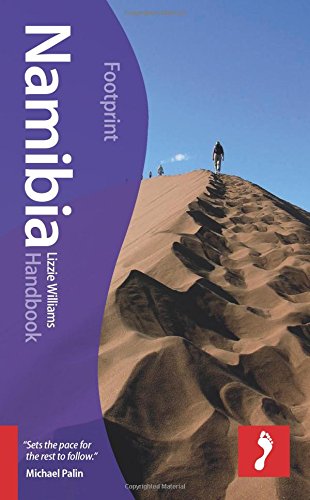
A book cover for Namibia Handbook (Footprint - Handbooks); Lizzie Williams; Travel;